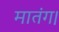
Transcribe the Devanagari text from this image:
मातंग।